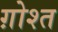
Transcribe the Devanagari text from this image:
ग़ोश्त